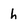
Character: h